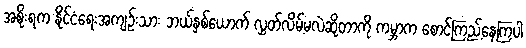
အစိုးရက နိုင်ငံရေးအကျဉ်းသား ဘယ်နှစ်ယောက် လွှတ်လိမ့်မလဲဆိုတာကို ကမ္ဘာက စောင့်ကြည့်နေကြပါ